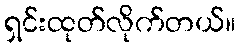
ရှင်းထုတ်လိုက်တယ်။